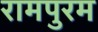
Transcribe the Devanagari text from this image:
रामपुरम